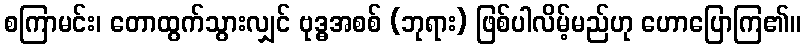
စကြာမင်း၊ တောထွက်သွားလျှင် ဗုဒ္ဓအစစ် (ဘုရား) ဖြစ်ပါလိမ့်မည်ဟု ဟောပြောကြ၏။